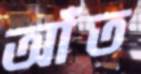
আঁত